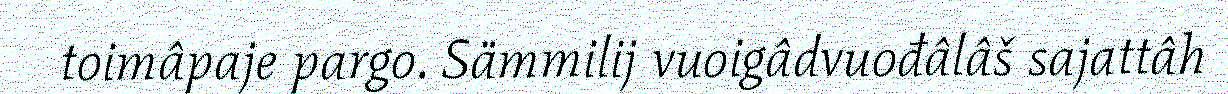
toimâpaje pargo. Sämmilij vuoigâdvuođâlâš sajattâh